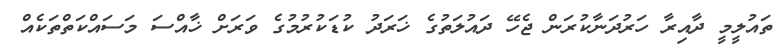
ތައުލީމީ ދާއިރާ ހަރުދަނާކުރަން ޖެހޭ ދައުލަތުގެ ޚަރަދު ކުޑަކުރުމުގެ ވަރަށް ޚާއްސަ މަސައްކަތްތަކެއް